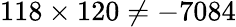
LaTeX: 118\times 120\neq-7084